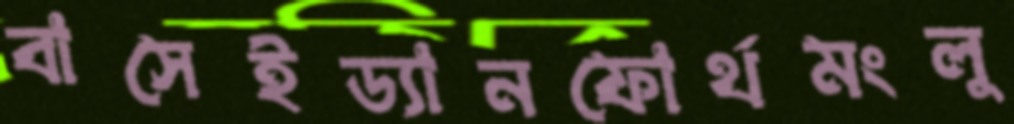
বাসেইড্যানফোর্থমংলু